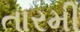
તારમી